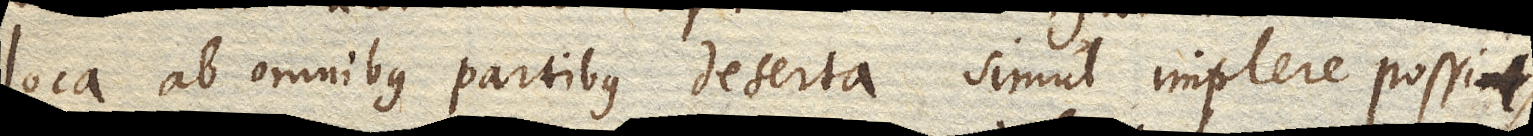
loca ab omnibus partibus deserta simul implere possit,